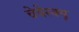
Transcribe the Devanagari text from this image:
चेचेस्क्यू